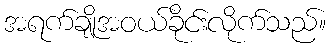
အရက်ချိုအဝယ်ခိုင်းလိုက်သည်။